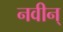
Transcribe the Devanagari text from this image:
नवीन्